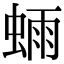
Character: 𫋃